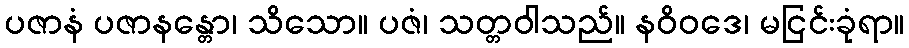
ပဇာနံ ပဇာနန္တော၊ သိသော။ ပဇံ၊ သတ္တဝါသည်။ နဝိဝဒေ၊ မငြင်းခုံရာ။